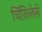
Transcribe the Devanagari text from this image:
चिंतिलेले